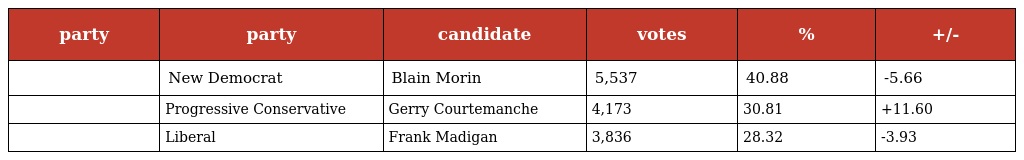
| party | party | candidate | votes | % | +/- |
 | --- | --- | --- | --- | --- | --- |
 |  | New Democrat | Blain Morin | 5,537 | 40.88 | -5.66 |
 |  | Progressive Conservative | Gerry Courtemanche | 4,173 | 30.81 | +11.60 |
 |  | Liberal | Frank Madigan | 3,836 | 28.32 | -3.93 |